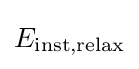
E_{\text{inst,relax}}